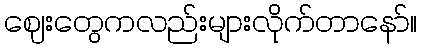
ဈေးတွေကလည်းများလိုက်တာနော်။